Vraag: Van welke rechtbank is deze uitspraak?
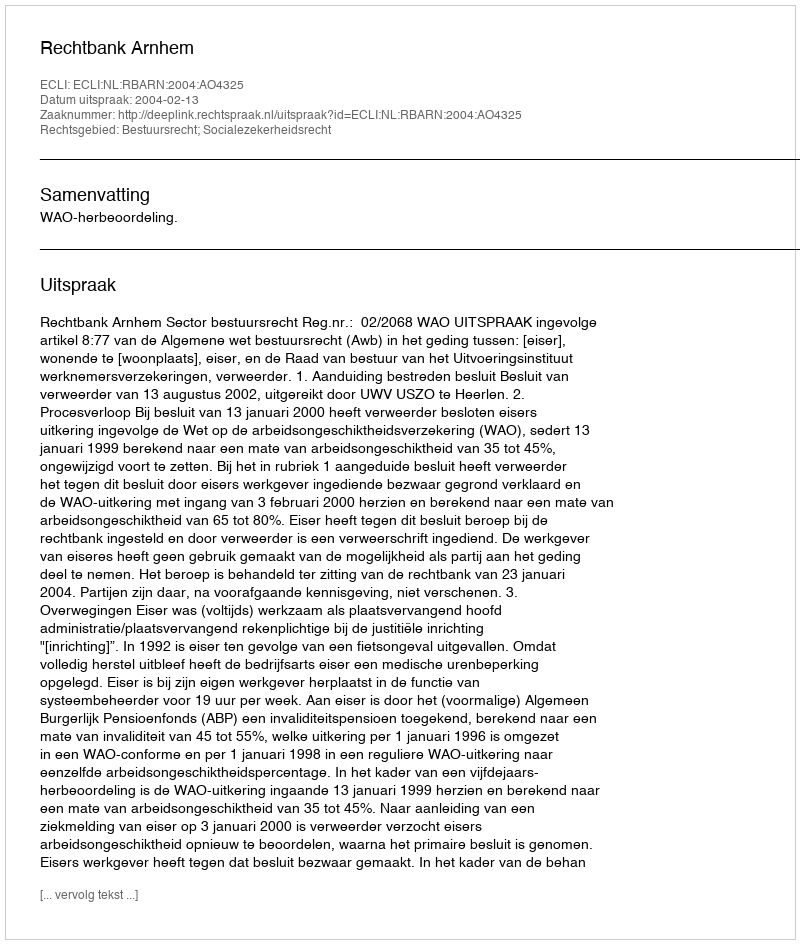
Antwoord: Rechtbank Arnhem